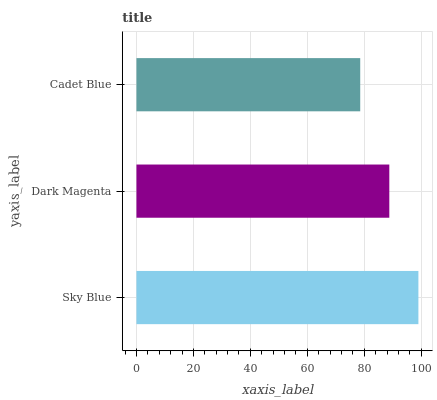
| yaxis_label | bars |
 | --- | --- |
 | Sky Blue | 99 |
 | Dark Magenta | 88.8 |
 | Cadet Blue | 78.6 |